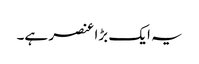
یہ ایک بڑا عنصر ہے۔